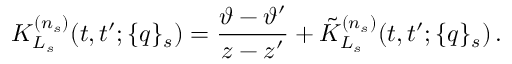
K _ { L _ { s } } ^ { ( n _ { s } ) } ( t , t ^ { \prime } ; \{ q \} _ { s } ) = \frac { \vartheta - \vartheta ^ { \prime } } { z - z ^ { \prime } } + \tilde { K } _ { L _ { s } } ^ { ( n _ { s } ) } ( t , t ^ { \prime } ; \{ q \} _ { s } ) \, .